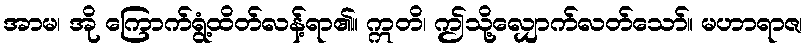
အာမ၊ အို ကြောက်ရွံ့ထိတ်လန့်ရာ၏။ ဣတိ၊ ဤသို့လျှောက်လတ်သော်။ မဟာရာဇ၊